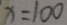
x = 1 0 0